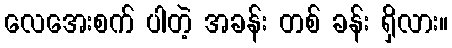
လေအေးစက် ပါတဲ့ အခန်း တစ် ခန်း ရှိလား။